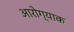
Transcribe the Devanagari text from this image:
आरोग्याक